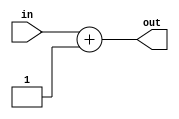
module incrementer(out, in);

output [31:0] out;
input [31:0] in;
reg [31:0] out;

always @(in)
	out = in + 1;

endmodule